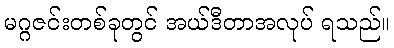
မဂ္ဂဇင်းတစ်ခုတွင် အယ်ဒီတာအလုပ် ရသည်။